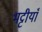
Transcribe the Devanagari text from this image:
भट्टीयाँ